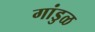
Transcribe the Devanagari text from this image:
गांडुळ